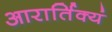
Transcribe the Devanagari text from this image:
आरार्तिक्यं